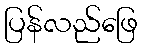
ပြန်လည်ဖြေ